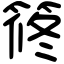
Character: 𥮴